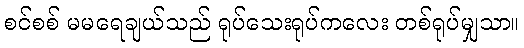
စင်စစ် မမရေချယ်သည် ရုပ်သေးရုပ်ကလေး တစ်ရုပ်မျှသာ။